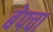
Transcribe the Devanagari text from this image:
बेपचा